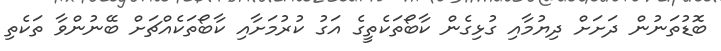
ބޮޑުތަނުން ދަށަށް ދިޔުމާއި ގުޅިގެން ކާބޯތަކެތީގެ އަގު ކުރުމަށާއި ކާބޯތަކެއްޗަށް ބޭނުންވާ ތަކެތި